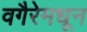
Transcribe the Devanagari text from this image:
वगैरेमधून